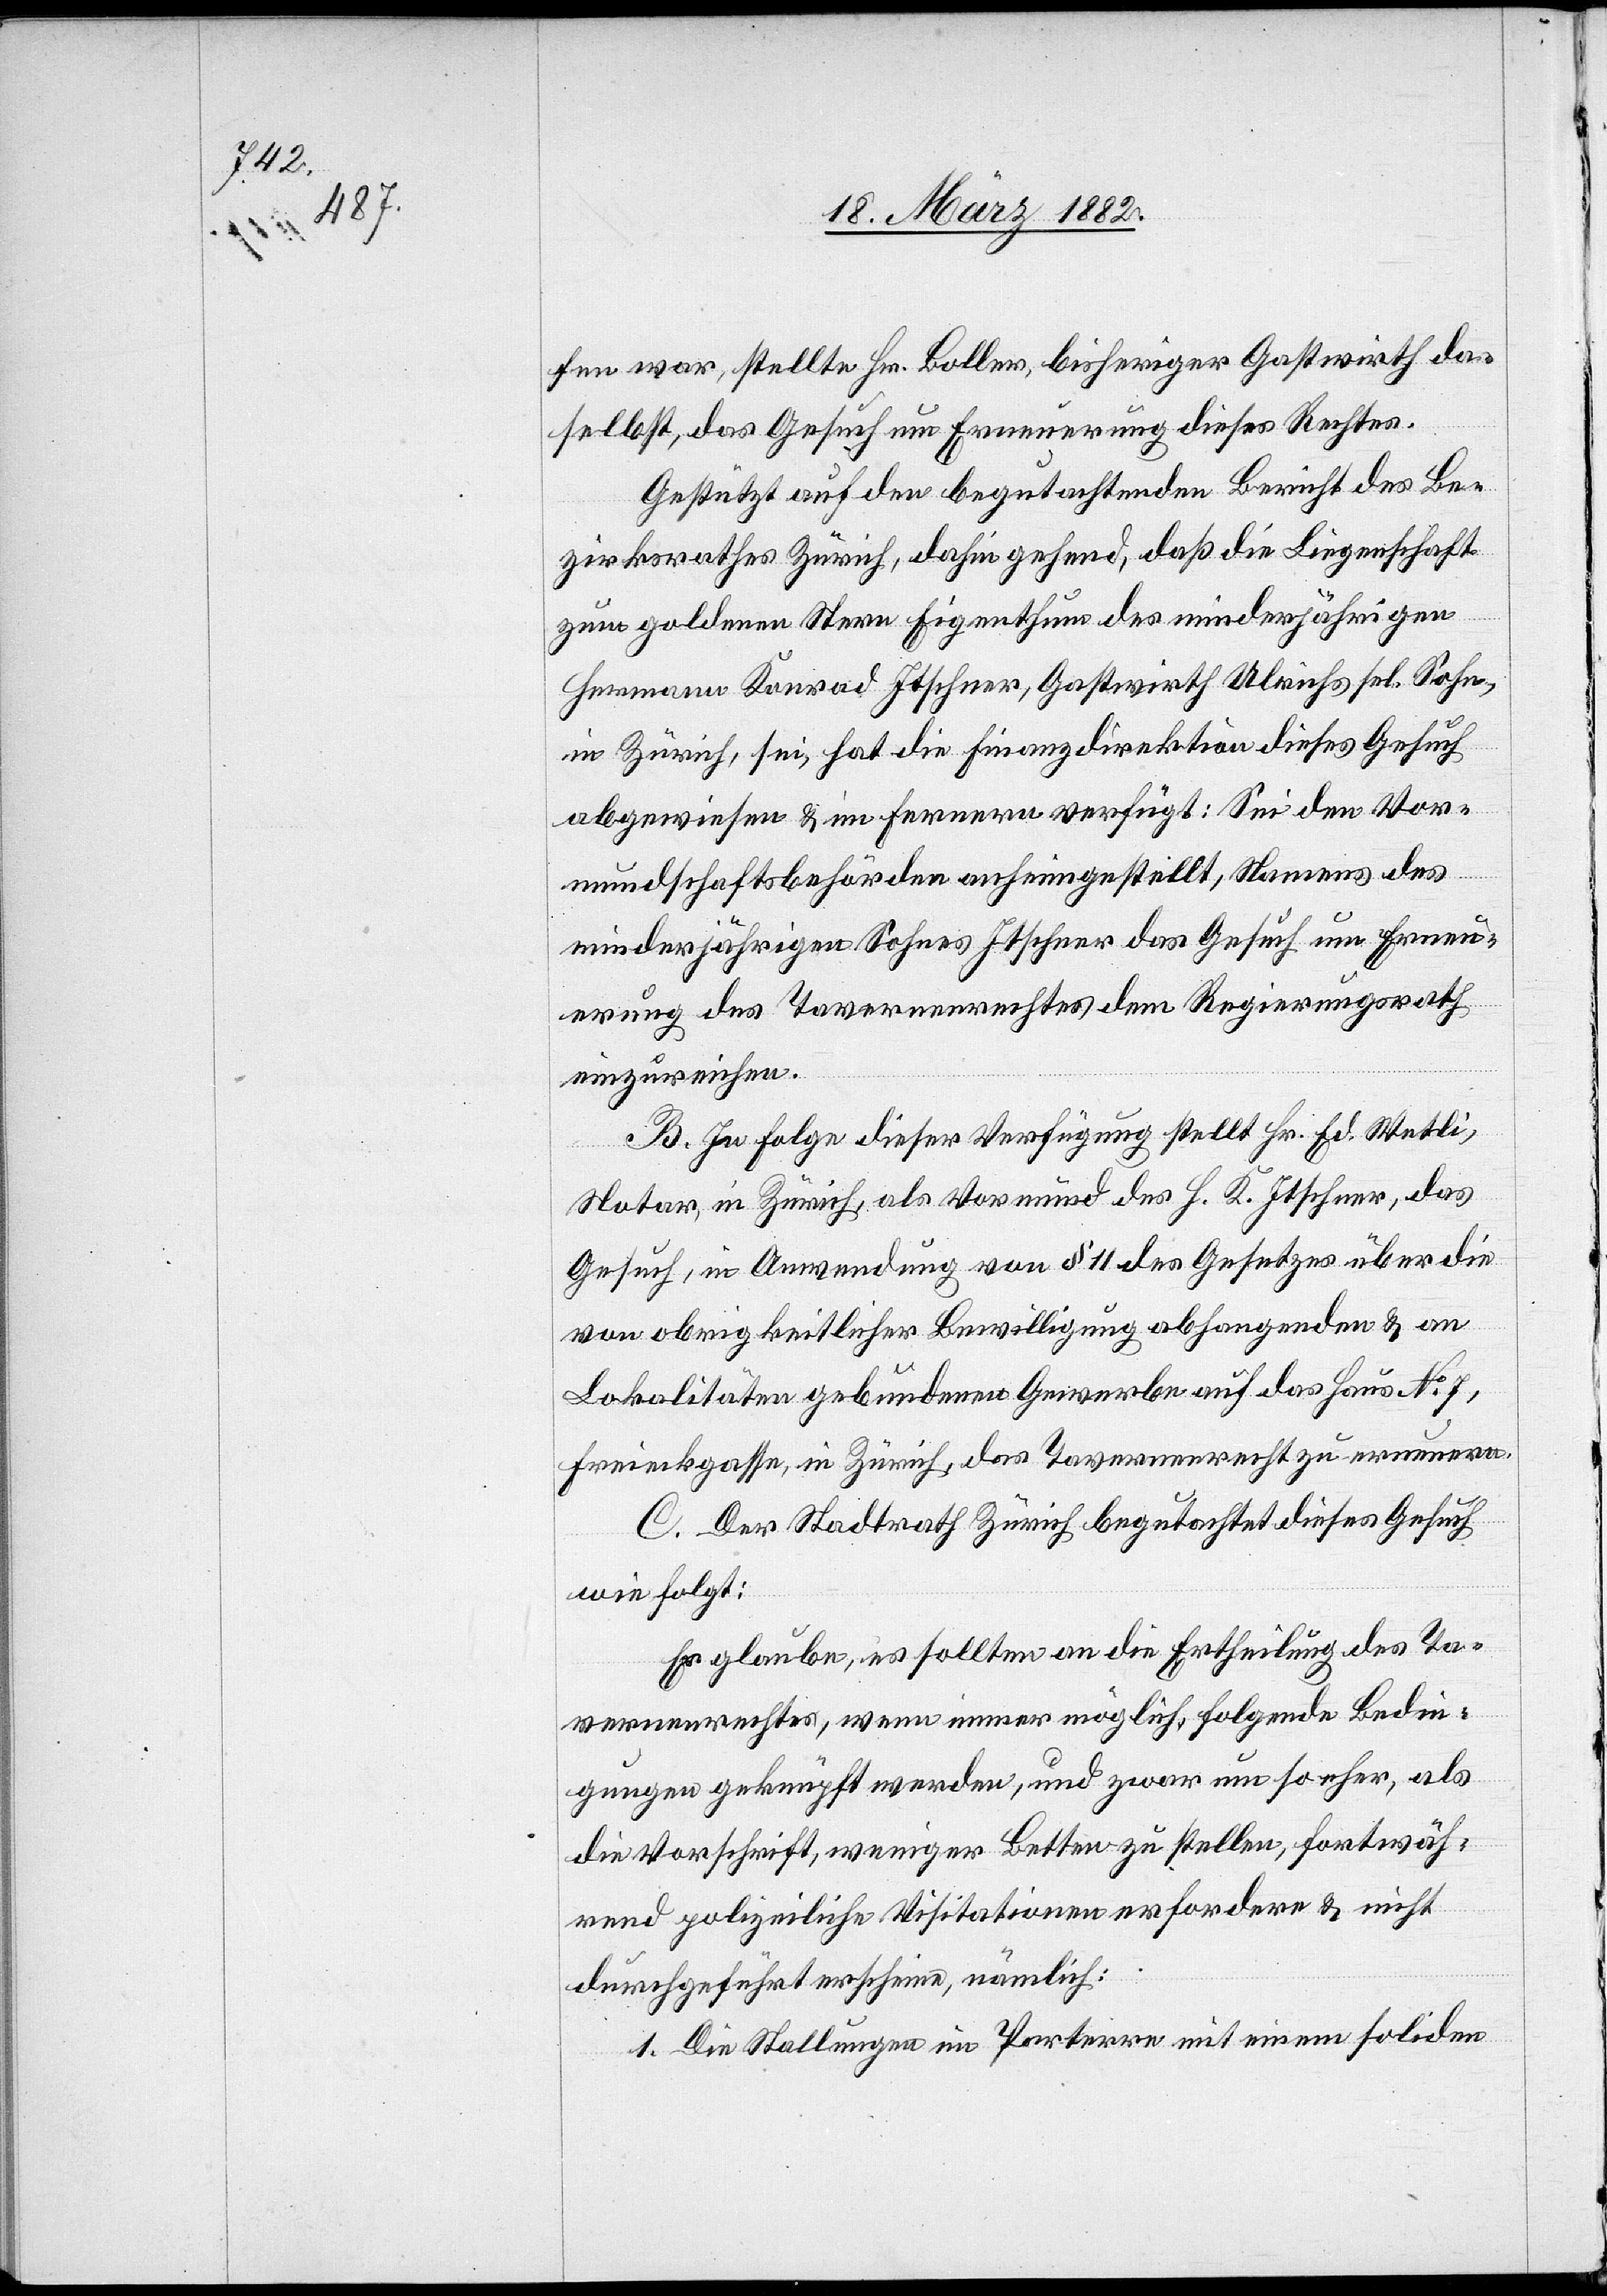
fen war, stellte Hr. Boller, bisheriger Gastwirth da¬
selbst, das Gesuch um Erneuerung dieses Rechtes.
Gestützt auf den begutachtenden Bericht des Be¬
zirksrathes Zürich, dahin gehend, daß die Liegenschaft
zum goldenen Stern Eigenthum des minderjährigen
Hermann Konrad Itscher, Gastwirth Ulrichs sel. Sohn,
in Zürich, sei, hat die Finanzdirektion dieses Gesuch
abgewiesen & im ferneren verfügt: Sei den Vor¬
mundschaftsbehörden anheimgestellt, Namens des
minderjährigen Sohnes Itscher das Gesuch um Erneu¬
erung des Tavernenrechtes dem Regierungsrath
einzureichen.
B. In Folge dieser Verfügung stellt Hr. Ed. Wetli,
Notar, in Zürich, als Vormund des H. K. Itscher, das
Gesuch, in Anwendung von § 11 des Gesetzes über die
von obrigkeitlicher Bewilligung abhangenden & an
Lokalitäten gebundene Gewerbe auf das Haus No 7,
Freieckgasse, in Zürich, das Tavernenrecht zu erneuern.
C. Der Stadtrath Zürich begutachtet dieses Gesuch
wie folgt:
Er glaube, es sollten an die Ertheilung des Ta¬
vernenrechtes, wenn immer möglich, folgende Bedin¬
gungen geknüpft werden, und zwar um so eher, als
die Vorschrift, weniger Betten zu stellen, fortwäh¬
rend polizeiliche Visitationen erfordere & nicht
durchgeführt erscheine, nämlich:
1. Die Stellungen im Parterre mit einem soliden